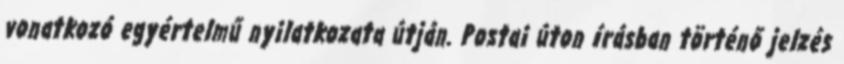
vonatkozó egyértelmű nyilatkozata útján. Postai úton írásban történő jelzés